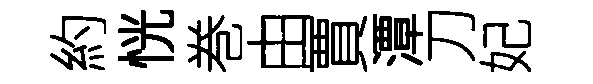
約恍巻由賈潭刀妃